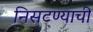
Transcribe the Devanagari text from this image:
निसटण्याची